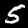
Label: 5